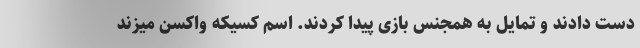
دست دادند و تمایل به همجنس بازی پیدا کردند. اسم کسیکه واکسن میزند